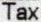
TAX